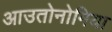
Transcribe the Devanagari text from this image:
आउतोनोमिया